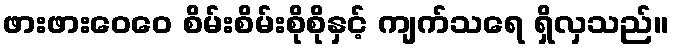
ဖားဖားဝေဝေ စိမ်းစိမ်းစိုစိုနှင့် ကျက်သရေ ရှိလှသည်။